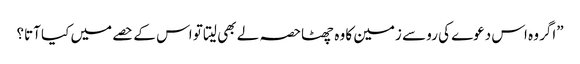
”اگر وہ اس دعوے کی رو سے زمین کا وہ چھٹاحصہ لے بھی لیتا تو اس کے حصے میں کیا آتا؟